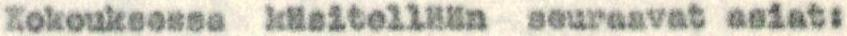
Kokouksessa käsitellään seuraavat asiat: